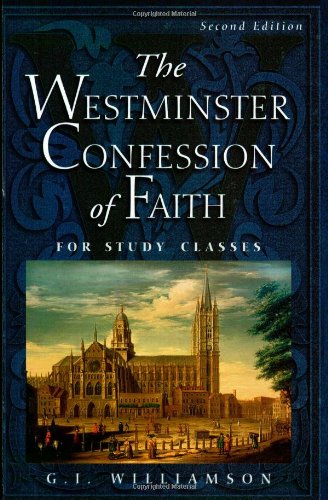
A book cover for The Westminster Confession of Faith: For Study Classes; G. I. Williamson; Christian Books & Bibles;